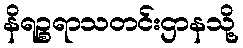
နိရဉ္စရာသတင်းဌာနသို့